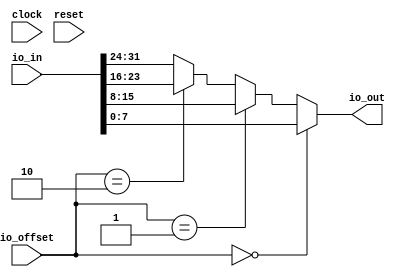
module ByteSelector(
  input         clock,
  input         reset,
  input  [31:0] io_in,
  input  [1:0]  io_offset,
  output [7:0]  io_out
);
  wire  _T = io_offset == 2'h0; // @[ByteSelector.scala 13:19]
  wire  _T_2 = io_offset == 2'h1; // @[ByteSelector.scala 15:26]
  wire  _T_4 = io_offset == 2'h2; // @[ByteSelector.scala 17:26]
  wire [7:0] _GEN_0 = _T_4 ? io_in[23:16] : io_in[31:24]; // @[ByteSelector.scala 17:35]
  wire [7:0] _GEN_1 = _T_2 ? io_in[15:8] : _GEN_0; // @[ByteSelector.scala 15:35]
  assign io_out = _T ? io_in[7:0] : _GEN_1; // @[ByteSelector.scala 12:10 ByteSelector.scala 14:12 ByteSelector.scala 16:12 ByteSelector.scala 18:12 ByteSelector.scala 20:12]
endmodule